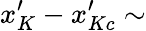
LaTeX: x_{K}^{\prime}-x_{Kc}^{\prime}\sim